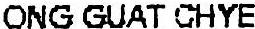
ONG GUAT CHYE